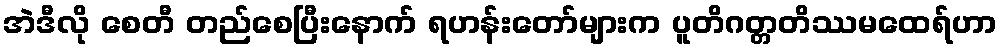
အဲဒီလို စေတီ တည်စေပြီးနောက် ရဟန်းတော်များက ပူတိဂတ္တတိဿမထေရ်ဟာ